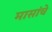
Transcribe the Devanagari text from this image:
मासांचे